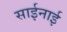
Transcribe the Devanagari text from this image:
साईनाई